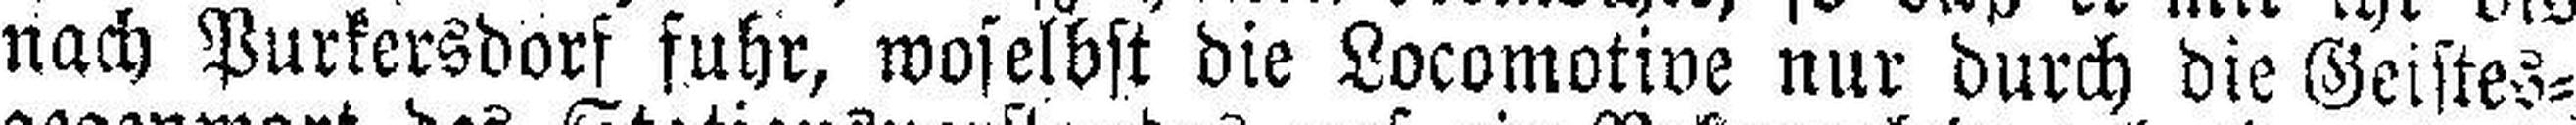
nach Purkersdorf fuhr, woselbst die Locomotive nur durch die Geistes¬